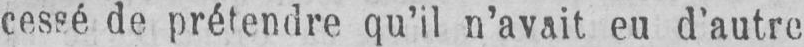
cessé de prétendre qu’il n’avait eu d’autre